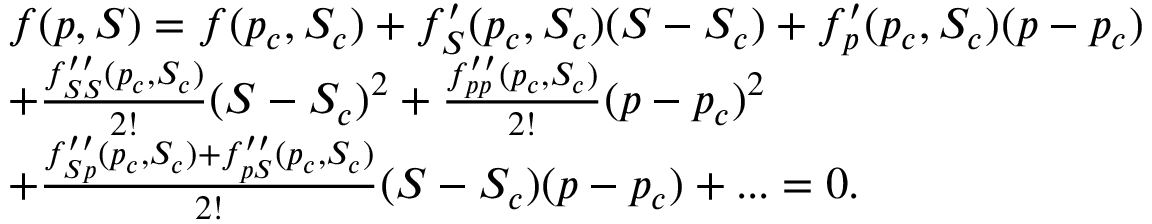
\begin{array} { r l } & { f ( p , S ) = f ( p _ { c } , S _ { c } ) + f _ { S } ^ { \prime } ( p _ { c } , S _ { c } ) ( S - S _ { c } ) + f _ { p } ^ { \prime } ( p _ { c } , S _ { c } ) ( p - p _ { c } ) } \\ & { + \frac { f _ { S S } ^ { \prime \prime } ( p _ { c } , S _ { c } ) } { 2 ! } ( S - S _ { c } ) ^ { 2 } + \frac { f _ { p p } ^ { \prime \prime } ( p _ { c } , S _ { c } ) } { 2 ! } ( p - p _ { c } ) ^ { 2 } } \\ & { + \frac { f _ { S p } ^ { \prime \prime } ( p _ { c } , S _ { c } ) + f _ { p S } ^ { \prime \prime } ( p _ { c } , S _ { c } ) } { 2 ! } ( S - S _ { c } ) ( p - p _ { c } ) + . . . = 0 . } \end{array}